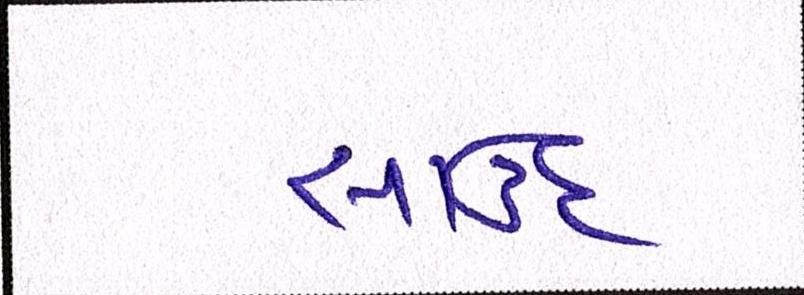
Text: સાઉદ